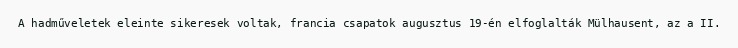
A hadműveletek eleinte sikeresek voltak, francia csapatok augusztus 19-én elfoglalták Mülhausent, az a II.